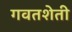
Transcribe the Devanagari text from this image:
गवतशेती